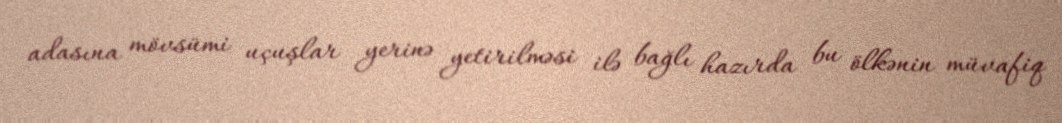
adasına mövsümi uçuşlar yerinə yetirilməsi ilə bağlı hazırda bu ölkənin müvafiq